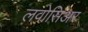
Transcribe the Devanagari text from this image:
लवोसिअर